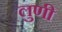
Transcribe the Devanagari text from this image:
लुणी